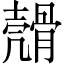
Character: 𩩬